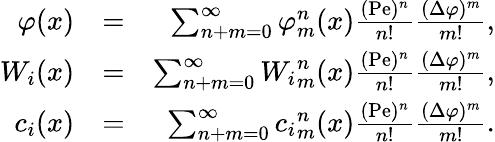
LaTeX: \begin{array}{rlr}{\varphi(x)}&{=}&{\sum_{n+m=0}^{\infty}{\varphi}_{m}^{n}(x)\frac{(\mathrm{Pe})^{n}}{n!}\frac{(\Delta\varphi)^{m}}{m!},}\\ {W_{i}(x)}&{=}&{\sum_{n+m=0}^{\infty}{W_{i}}_{m}^{n}(x)\frac{(\mathrm{Pe})^{n}}{n!}\frac{(\Delta\varphi)^{m}}{m!},}\\ {c_{i}(x)}&{=}&{\sum_{n+m=0}^{\infty}{c_{i}}_{m}^{n}(x)\frac{(\mathrm{Pe})^{n}}{n!}\frac{(\Delta\varphi)^{m}}{m!}.}\end{array}